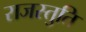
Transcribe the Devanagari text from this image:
राजस्तुति